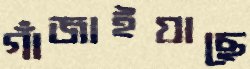
গাঁজাইয়াছে